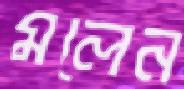
মলেন